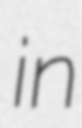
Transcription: in